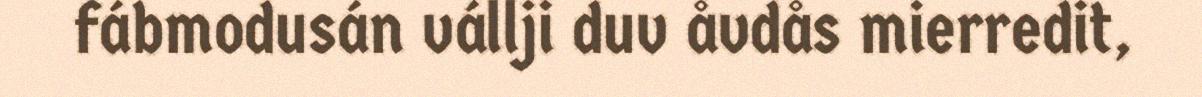
fábmodusán vállji duv åvdås mierredit,